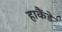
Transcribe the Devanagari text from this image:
हाकैंडे